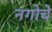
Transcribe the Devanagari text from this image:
नगोचे